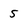
Character: 5